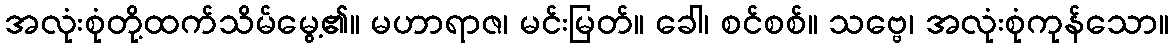
အလုံးစုံတို့ထက်သိမ်မွေ့၏။ မဟာရာဇ၊ မင်းမြတ်။ ခေါ၊ စင်စစ်။ သဗ္ဗေ၊ အလုံးစုံကုန်သော။